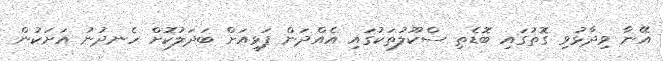
އޭނާ ވިދާޅުވި ގޮތުގައި ބޮޑެތި ސްކޫލުތަކުގައި އެއްދަން ފަޅިއަށް ބަދަލުކޮށް ހެނދުނު އަށަކުން